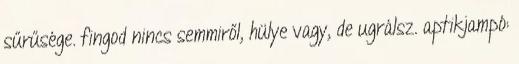
sűrűsége. fingod nincs semmiről, hülye vagy, de ugrálsz. aptikjampó: